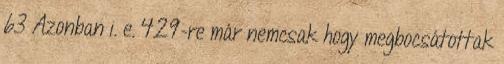
63 Azonban i. e. 429-re már nemcsak hogy megbocsátottak